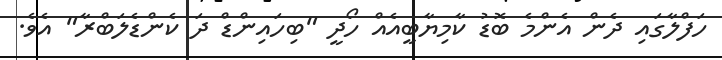
ހަފްލާގައި ދެން އެންމެ ބޮޑު ކާމިޔާބީއެއް ހޯދީ "ބިހައިންޑް ދަ ކެންޑެލަބްރާ" އެވެ.